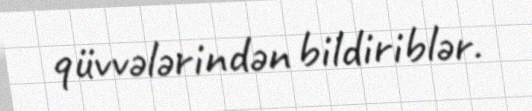
qüvvələrindən bildiriblər.